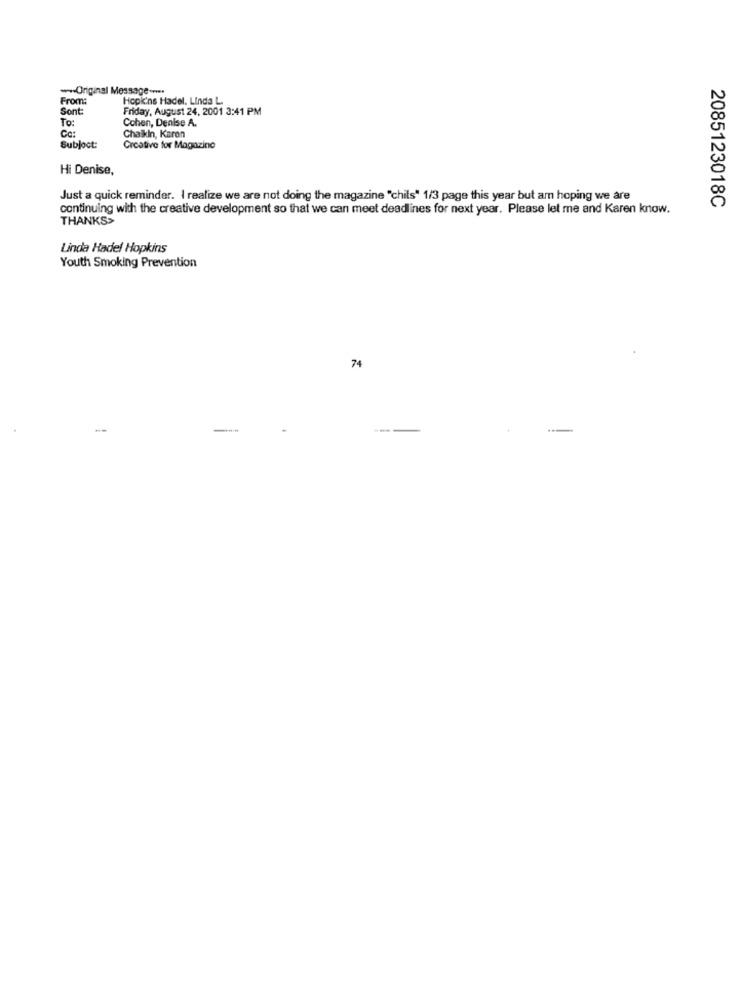
wwOriginal Message .****
From:
Hopkins Hadel. Linda L.
Sont
Friday, August 24, 2001 3:41 PM
To:
Cohen, Denise A.
Ca:
Chaikin, Karen
Subjoct:
Creative for Magazine
Hi Denise,
Just a quick reminder. I realize we are not doing the magazine "chils" 1/3 page this year but am hoping we are
2085123018C
continuing with the creative development so that we can meet deadlines for next year. Please let me and Karen know.
THANKS>
Linda Hadel Hopkins
Youth Smoking Prevention
74